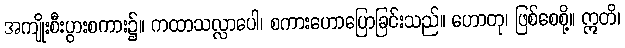
အကျိုးစီးပွားစကား၌။ ကထာသလ္လာပေါ၊ စကားဟောပြောခြင်းသည်။ ဟောတု၊ ဖြစ်စေစို့။ ဣတိ၊